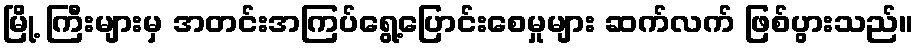
မြို့ ကြီးများမှ အတင်းအကြပ်ရွေ့ပြောင်းစေမှုများ ဆက်လက် ဖြစ်ပွားသည်။